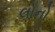
લોનો